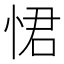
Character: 𭝈